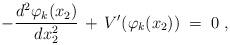
LaTeX: \begin{align*}- \frac{d^2\varphi_k(x_2)}{dx_2^2} \,+\, V'(\varphi_k(x_2)) \;=\; 0 \;,\end{align*}